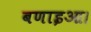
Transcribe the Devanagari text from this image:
बणाइआ।